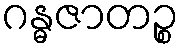
ဂန္ဓဇာတဉ္စ